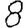
Digit: 8